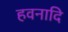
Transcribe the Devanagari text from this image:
हवनादि